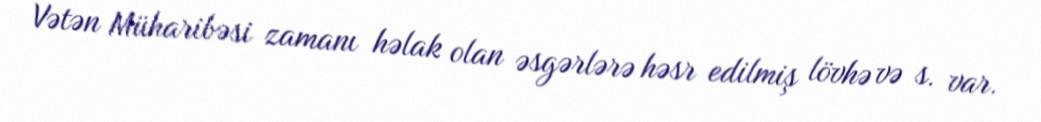
Vətən Müharibəsi zamanı həlak olan əsgərlərə həsr edilmiş lövhə və s. var.